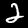
Label: 2